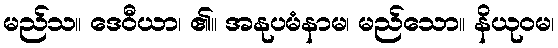
မည်သ။ ဒေဝီယာ၊ ၏။ အနုပမံနာမ၊ မည်သော။ နိယုဝမ၊